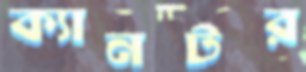
ক্যানটর